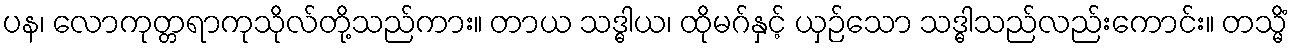
ပန၊ လောကုတ္တရာကုသိုလ်တို့သည်ကား။ တာယ သဒ္ဓါယ၊ ထိုမဂ်နှင့် ယှဉ်သော သဒ္ဓါသည်လည်းကောင်း။ တသ္မိံ